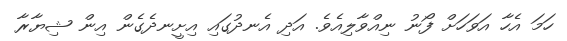
ހަމަ އެހާ އަވަހަށް ފޯނު ނިއްވާލިއެވެ. އަދި އެނދުގައި އިށީނދެގެން އިން ޝިޔާރާ